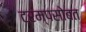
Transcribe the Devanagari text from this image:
ट्रम्पसोबत